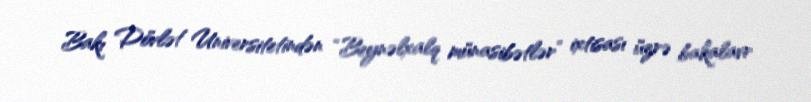
Bakı Dövlət Universitetindən “Beynəlxalq münasibətlər” ixtisası üzrə bakalavr